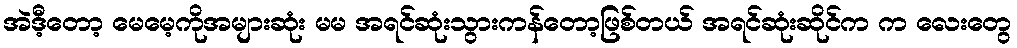
အဲဒီ့တော့ မေမေ့ကိုအများဆုံး မမ အရင်ဆုံးသွားကန်တော့ဖြစ်တယ် အရင်ဆုံးဆိုင်က က လေးတွေ